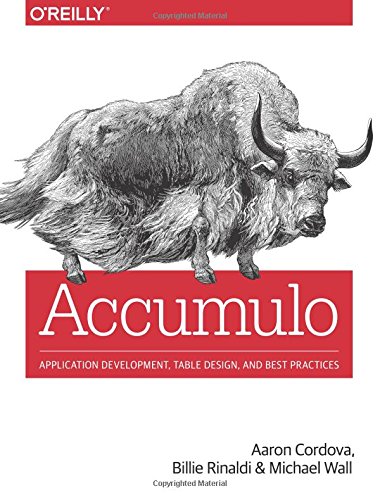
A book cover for Accumulo: Application Development, Table Design, and Best Practices; Aaron Cordova; Computers & Technology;